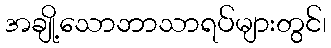
အချို့သောဘာသာရပ်များတွင်၊